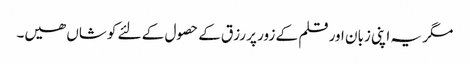
مگر یہ اپنی زبان اور قلم کے زور پر رزق کے حصول کے لئے کوشاں ھیں۔